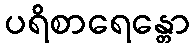
ပရိစာရေန္တော